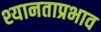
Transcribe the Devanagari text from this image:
श्यानताप्रभाव